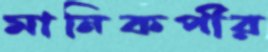
মানিকপীর